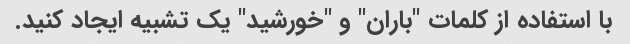
با استفاده از کلمات "باران" و "خورشید" یک تشبیه ایجاد کنید.